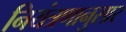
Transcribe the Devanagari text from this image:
नियंत्रणानुसार